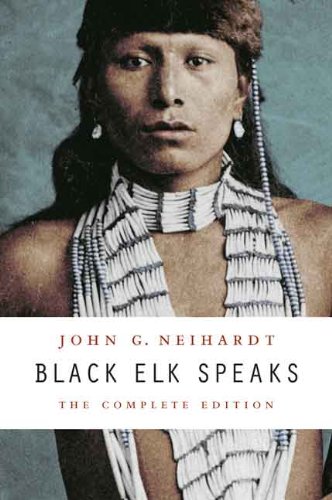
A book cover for Black Elk Speaks: The Complete Edition; John G. Neihardt; History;